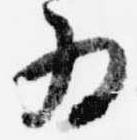
為